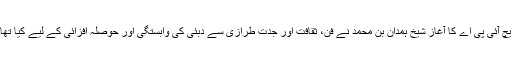
ایچ آئی پی اے کا آغاز شیخ ہمدان بن محمد نے فن، ثقافت اور جدت طرازی سے دبئی کی وابستگی اور حوصلہ افزائی کے لیے کیا تھا۔